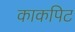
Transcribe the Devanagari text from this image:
काकपिट